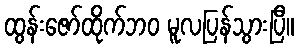
ထွန်းဇော်ထိုက်ဘဝ မူလပြန်သွားပြီ။